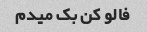
فالو کن بک میدم